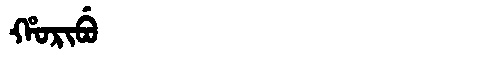
Manchu: ᡥᠣᡵᡳᠪᡠ
Romanization: HORIBU